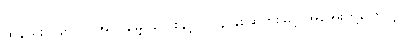
ထိုနည်းတူစွာပင် အပင်မျှောလှေးနှင့် ၇၁၄ နှစ်ဆတိုးမြှင့် အအေးတို့ကြောင့်